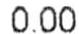
0.00